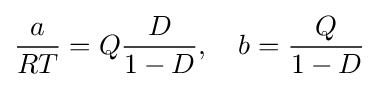
{\frac {a}{RT}}=Q{\frac {D}{1-D}},\quad b={\frac {Q}{1-D}}